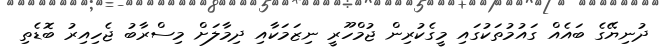
ދުނިޔޭގެ ބައެއް ގައުމުތަކުގައި މީގެކުރިން ޖުމްހޫރީ ނިޒަމަކާއި ދިމާލަށް މިސްރާބު ޖެހިއިރު ބޮޑެތި